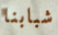
شبابنا